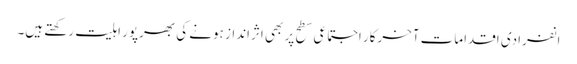
انفرادی اقدامات آخرکار اجتماعی سطح پر بھی اثرانداز ہونے کی بھرپور اہلیت رکھتے ہیں۔